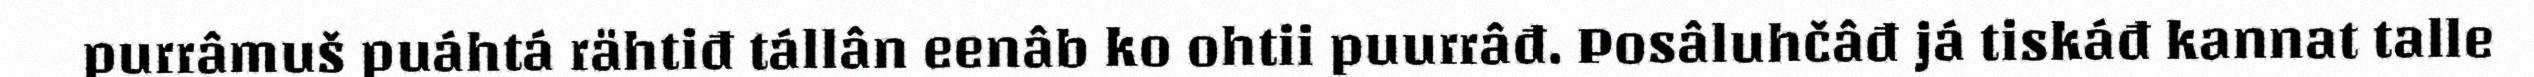
purrâmuš puáhtá rähtiđ tállân eenâb ko ohtii puurrâđ. Posâluhčâđ já tiskáđ kannat talle